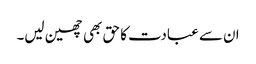
ان سے عبادت کا حق بھی چھین لیں۔